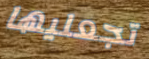
تجعليها